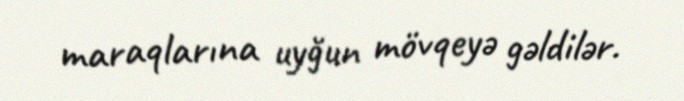
maraqlarına uyğun mövqeyə gəldilər.